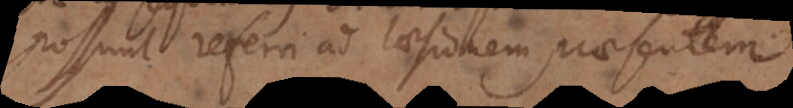
possunt referri ad laesionem praesentem